Lunatic asylums Madras 1877-1891 - 1877-1891
Year: 1877
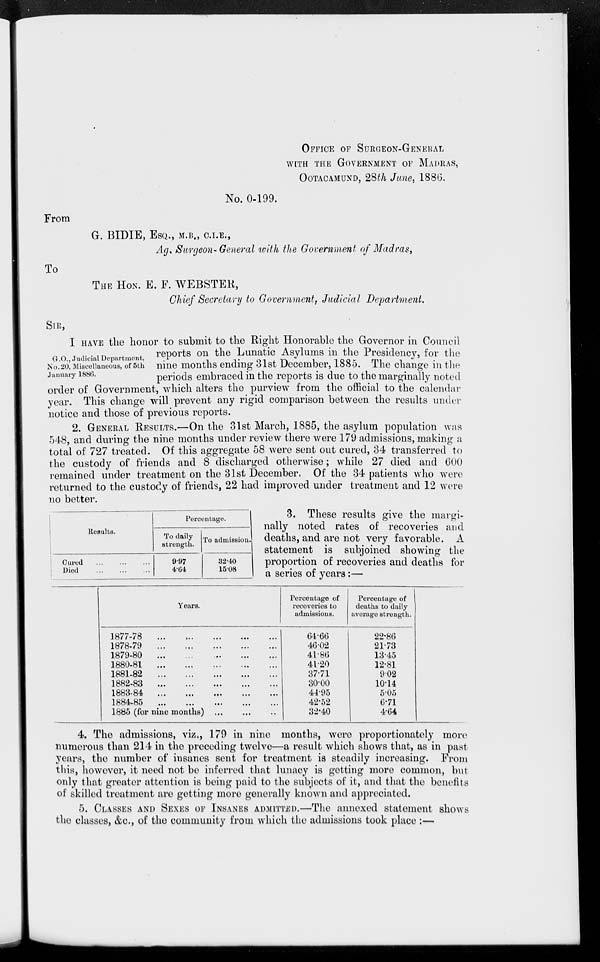
OFFICE OF SURGEON-GENERAL
WITH THE GOVERNMENT OF MADRAS,
OOTACAMUND, 28th June, 1886.
No. 0-199.
From
G. BIDIE, ESQ., M.B., C.I.E.,
Ag. Surgeon-General with the Government of Madras,
To
THE HON. E. F. WEBSTER,
Chief Secretary to Government, Judicial Department.
SIR,
G.O., Judicial Department,
No. 20, Miscellaneous, of 5th
January 1886.
I HAVE the honor to submit to the Right Honorable the Governor in Council
reports on the Lunatic Asylums in the Presidency, for the
nine months ending 31st December, 1885. The change in the
periods embraced in the reports is due to the marginally noted
order of Government, which alters the purview from the official to the calendar
year. This change will prevent any rigid comparison between the results under
notice and those of previous reports.
2. GENERAL RESULTS.—On the 31st March, 1885, the asylum population was
548, and during the nine months under review there were 179 admissions, making a
total of 727 treated. Of this aggregate 58 were sent out cured, 34 transferred to
the custody of friends and 8 discharged otherwise; while 27 died and 600
remained under treatment on the 31st December. Of the 34 patients who were
returned to the custody of friends, 22 had improved under treatment and 12 were
no better.
Results.
Cured ... ... ...
Died ... ... ...
Percentage.
To daily
strength.
9.97
4.64
To admission.
32.40
15.08
3. These results give the margi-
nally noted rates of recoveries and
deaths, and are not very favorable. A
statement is subjoined showing the
proportion of recoveries and deaths for
a series of years:—
Years.
1877-78
...
...
...
...
...
1878-79
...
...
...
...
...
1879-80
...
...
...
...
...
1880-81 ... ... ... ... ...
1881-82
...
...
...
...
...
1882-83
...
...
...
...
...
1883-84
...
...
...
...
...
1884-85
...
...
...
...
...
1885 (for nine months) ... ... ...
Percentage of
recoveries to
admissions.
64.66
46.02
41.86
41.20
37.71
30.00
44.95
42.52
32.40
Percentage of
deaths to daily
average strength.
22.86
21.73
13.45
12.81
9.02
10.14
5.05
6.71
4.64
4. The admissions, viz., 179 in nine months, were proportionately more
numerous than 214 in the preceding twelve—a result which shows that, as in past
years, the number of insanes sent for treatment is steadily increasing. From
this, however, it need not be inferred that lunacy is getting more common, but
only that greater attention is being paid to the subjects of it, and that the benefits
of skilled treatment are getting more generally known and appreciated.
5. CLASSES AND SEXES OF INSANES ADMITTED.—The annexed statement shows
the classes, &c., of the community from which the admissions took place :—